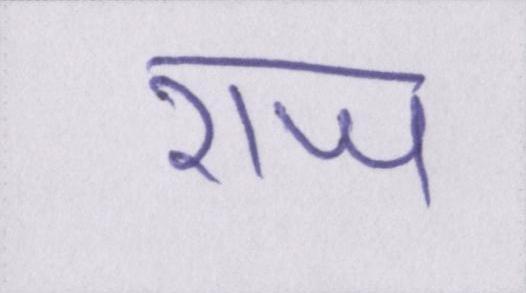
राज